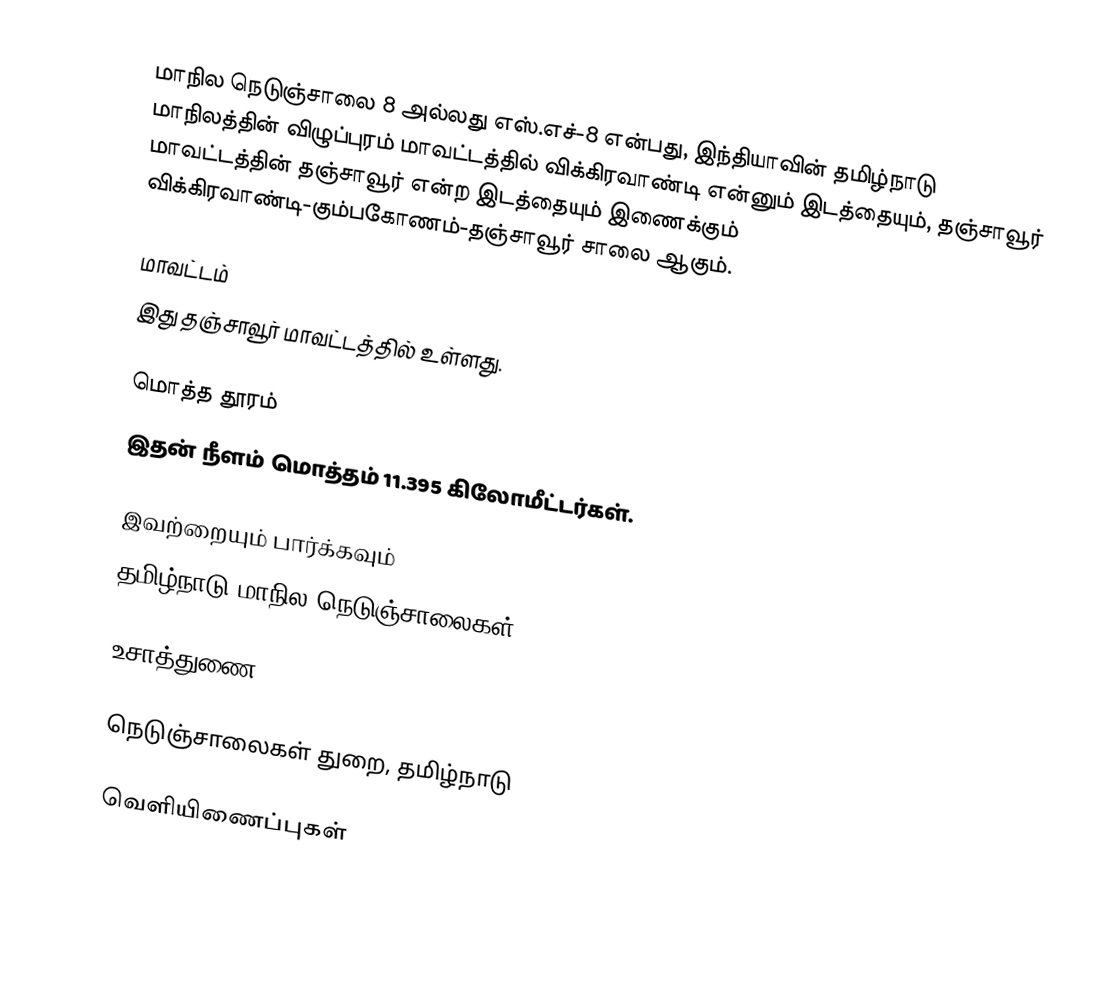
மாநில நெடுஞ்சாலை 8 அல்லது எஸ்.எச்-8 என்பது, இந்தியாவின் தமிழ்நாடு மாநிலத்தின் விழுப்புரம் மாவட்டத்தில் விக்கிரவாண்டி என்னும் இடத்தையும், தஞ்சாவூர் மாவட்டத்தின் தஞ்சாவூர் என்ற இடத்தையும் இணைக்கும் விக்கிரவாண்டி-கும்பகோணம்-தஞ்சாவூர் சாலை ஆகும்.

மாவட்டம்
இது தஞ்சாவூர் மாவட்டத்தில் உள்ளது.

மொத்த தூரம்
இதன் நீளம் மொத்தம் 11.395 கிலோமீட்டர்கள்.

இவற்றையும் பார்க்கவும்
 தமிழ்நாடு மாநில நெடுஞ்சாலைகள்

உசாத்துணை

 நெடுஞ்சாலைகள் துறை, தமிழ்நாடு

வெளியிணைப்புகள்